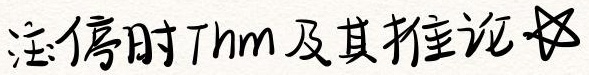
注: 停时Thm及其推论 ☆